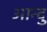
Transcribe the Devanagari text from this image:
आन्दु